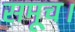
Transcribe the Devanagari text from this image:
समूच।